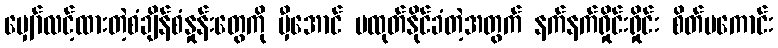
မျှော်လင့်ထားတဲ့စံချိန်စံနှုန်းတွေကို မှီအောင် မထုတ်နိုင်ခံတဲ့အတွက် နက်နက်ရှိုင်းရှိုင်း စိတ်မကောင်း